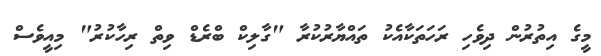
މީގެ އިތުރުން ދިވެހި ރަހަތަކާއެކު ތައްޔާރުކުރާ "ގާލިކް ބްރެޑް ވިތް ރިހާކުރު" މިއީވެސް